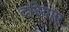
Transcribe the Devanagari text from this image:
दरियाए